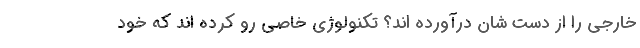
خارجی را از دست شان درآورده اند؟ تکنولوژی خاصی رو کرده اند که خود